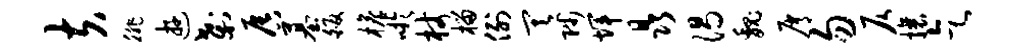
夫徘游刹唇墓皈檐吁杖榴例其陟辉晶渴魏屑勿仄攘乞